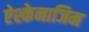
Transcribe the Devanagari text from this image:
ऐश्केनाजिम